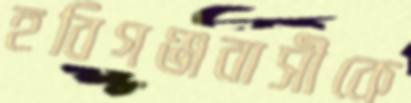
হবিগঞ্জবাসীকে